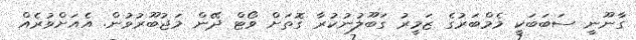
ގާނޫނީ ސަބަބަކީ މެމްބަރުގެ ޒަމީރު ގަބޫލުނުކުރާ ގޮތަށް ވޯޓް ދޭން މަޖުބޫރުވުން. އެއަށްވުރެއް